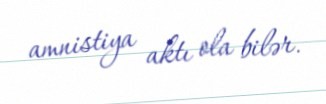
amnistiya aktı ola bilər.